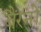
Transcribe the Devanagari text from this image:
बैंरनों